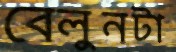
বেলুনটা